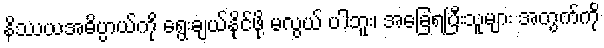
နိဿယအဓိပ္ပာယ်ကို ရွေးချယ်နိုင်ဖို့ မလွယ် ပါဘူး၊ အခြေရပြီးသူများ အတွက်ကို